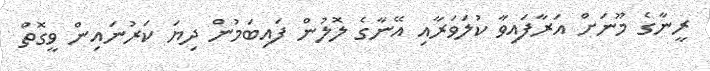
ރީނާގެ މޫނަށް އަރާފައިވާ ކުލަވަރާއި އޭނާގެ ލޮލުން ފައިބަމުން ދިޔަ ކަރުނައިން ވީގޮތް